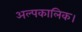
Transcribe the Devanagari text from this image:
अल्पकालिक।